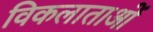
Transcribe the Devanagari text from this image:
विकलाताओं